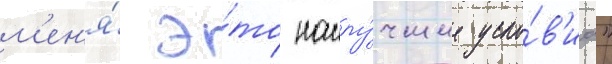
м'ен'я́ э́то наилу́чшие усло́в'иа"